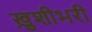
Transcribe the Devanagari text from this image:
ख़ुशीभरी